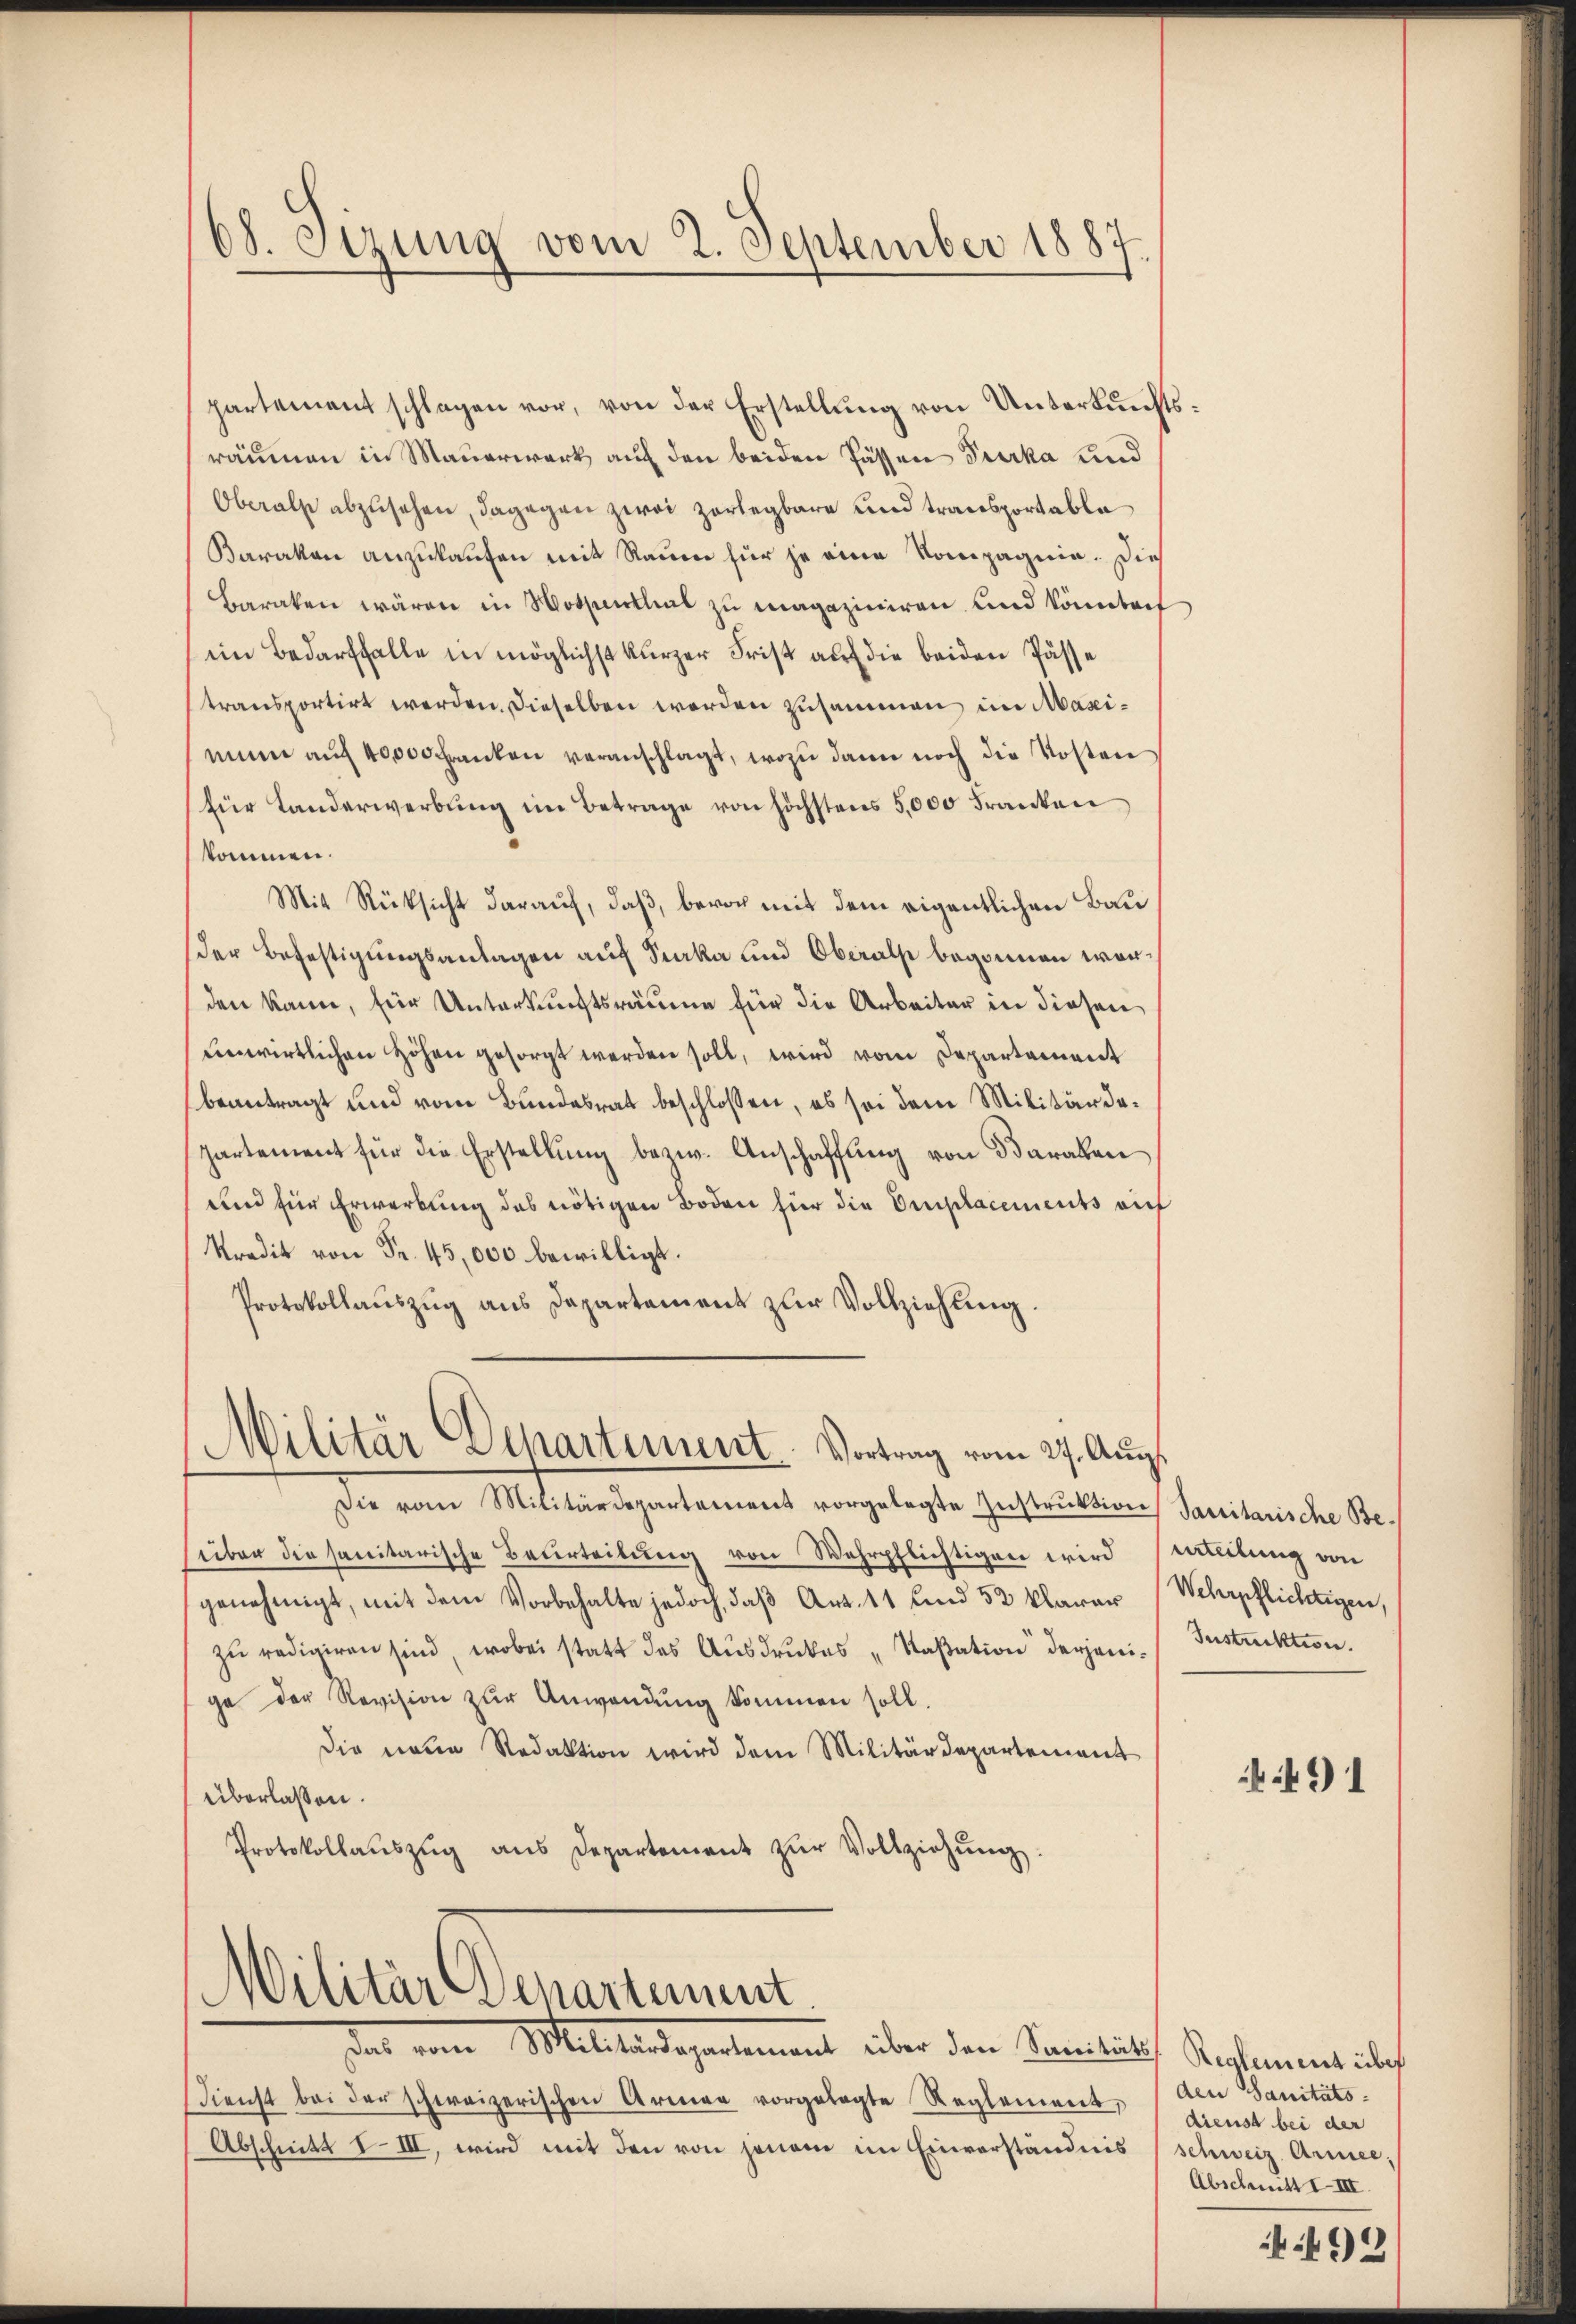
68. Sizung vom 2. September 1887.

partement schlagen vor, von der Erstellŭng von Unterkŭnfts-
räumen in Mauerwerk auf den beiden Pässen Turka und
Oberals abzusehen, dagegen zwei Zerlegbare und transportabla
Barakon anzukaufen mit Raum für je eine Kompagnie. Dies
Baraken wären in Wospenthal zu magaziniren und könntech
ein Bedarffalle in möglichst kurzer Frist auf die beiden Pässe
transportirt werden. Dieselben worden zusammen im Masimin auf 40000 Franken veranschlagt, wozu dann noch die Kosten
(für Landerwerbŭng im Betrage von höchstens 5,000 Franken
kommen.
Mit Rücksicht darauf, daß, bevor mit dem eigentlichen Bau
der Befestigungsanlagen auf Sarka und Oberals begonnen worden kann, für Unterkunftsräume für die Arbeiter in diesen
enwirklichen Höhen gesorgt werden soll, wird vom Departament
beantragt und vom Bundesrat beschlossen, es sei dem Militärdepartement für die Erstellung bezw. Anschaffung von Daraben
und für Erwerbung des nötigen Boden für die Emplacements auf
kredit von Fr. 45,000 bewilligt.
Protokollauszug aus Departement zur Vollziehung.

Militär Departement. Vortrag vom 27. Aŭg.

Die vom Militärdepartement vorgelegte Instruktion Sanitarische Besüber die sanitarische Beurteilung von Wahrpflichtigen wird Anteilung von
genehmigt, mit dem Vorbehalte jedoch, daβ Art. 11 und 52 klarer Wehrpflichtigen,
zŭ redigiren sind, wobei statt des Ausdruckes „Kaßation derjeni- Instruktion.
ge der Revision zur Anwendung kommen soll.
Die neue Redaktion wird dem Militärdepartement
überlassen.
Protokollaŭszŭg ans Departement zŭr Vollziehŭng.

Militär Departement

das Militardegartement über den Sanitias Reglement über
Dienst bei der schweizerischen Armen vorgelegte Reglement,
Abschnitt IIII, wird mit den von jenem im Einverständnis

91

den Sanitäts-
dienst bei der
schweiz Armee
Abschmitt IIII.

2